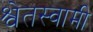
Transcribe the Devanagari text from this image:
श्वेतस्वामी